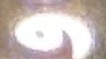
و